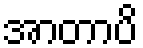
အာတာပိ